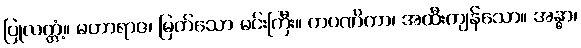
ပြုလတ္တံ့။ မဟာရာဇ၊ မြတ်သော မင်းကြီး။ ကပဏိကာ၊ အထီးကျန်သော။ အန္ဓာ၊